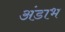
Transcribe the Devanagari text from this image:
अंडाभ